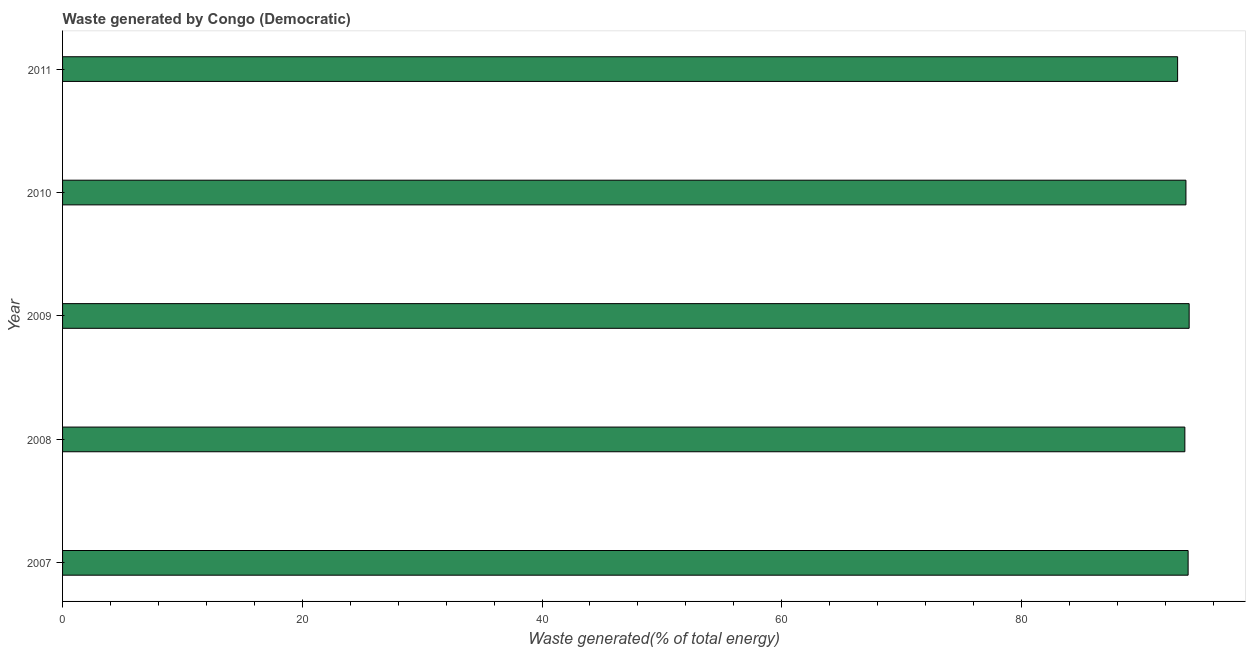
| Year | Combustible renewables and waste (% of total energy) |
 | --- | --- |
 | 2007 | 93.9 |
 | 2008 | 93.6 |
 | 2009 | 94 |
 | 2010 | 93.7 |
 | 2011 | 93 |